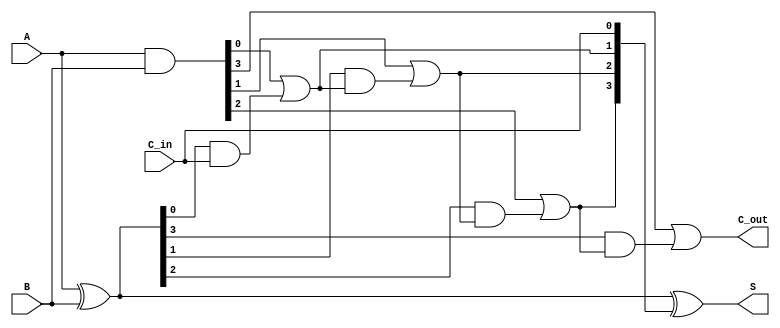
module CarryLookaheadAdder #(parameter n = 4) (
    input [n-1:0] A,        // First n-bit input
    input [n-1:0] B,        // Second n-bit input
    input C_in,             // Carry input
    output [n-1:0] S,       // Sum output
    output C_out            // Carry output
);
    wire [n-1:0] G;         // Generate signals
    wire [n-1:0] P;         // Propagate signals
    wire [n:0] C;           // Carry signals

    // Generate and Propagate Logic
    assign G = A & B;               // Generate: G_i = A_i & B_i
    assign P = A ^ B;               // Propagate: P_i = A_i ^ B_i

    // Carry signals calculation
    assign C[0] = C_in;             // C_0 = C_in
    genvar i;
    generate
        for (i = 0; i < n; i = i + 1) begin : carry_generation
            if (i == 0) begin
                assign C[i + 1] = G[i] | (P[i] & C[i]); // C_1 = G_0 + (P_0 * C_0)
            end else begin
                assign C[i + 1] = G[i] | (P[i] & C[i]); // C_i = G_(i-1) + (P_(i-1) * C_(i-1))
            end
        end
    endgenerate
    
    // Sum calculation
    assign S = P ^ C[n-1:0]; // S_i = P_i ^ C_i
    
    // Final Carry Output
    assign C_out = C[n]; // Carry out

endmodule